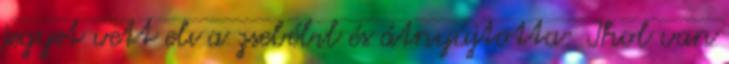
jegyet vett elı a zsebébıl és átnyújtotta: Ihol van